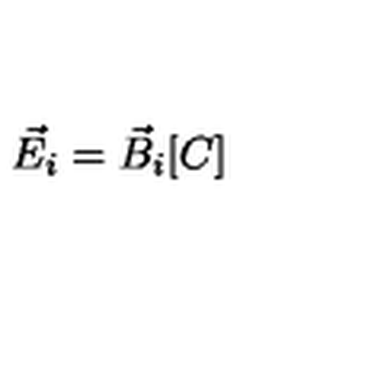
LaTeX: \vec { E } _ { i } = \vec { B } _ { i } [ C ]